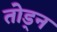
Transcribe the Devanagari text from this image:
तोड्न